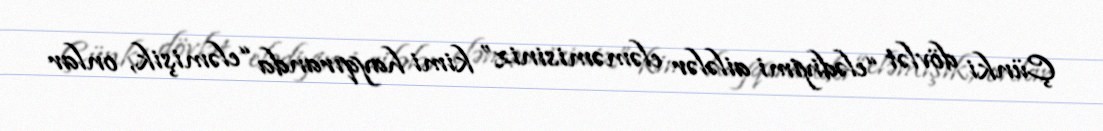
Çünki dövlət “elədiyimi ailələr eləməmisiniz” kimi hayqıranda “eləmişik, onlar